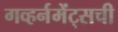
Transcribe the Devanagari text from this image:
गव्हर्नमेंट्सची